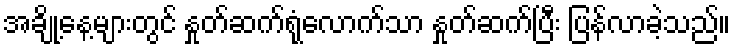
အချို့နေ့များတွင် နှုတ်ဆက်ရုံလောက်သာ နှုတ်ဆက်ပြီး ပြန်လာခဲ့သည်။